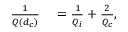
\begin{array} { r l } { \frac { 1 } { Q ( d _ { c } ) } } & { { } = \frac { 1 } { Q _ { i } } + \frac { 2 } { Q _ { c } } , } \end{array}